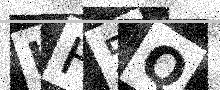
Text: LH5Q